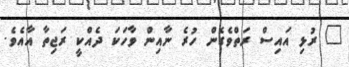
" ރުޅި އައިސް ރަތްވެގެން ހުރެ ނާއިން ވާހަކަ ދެއްކީ ރަޖިތާ އާއެވެ.